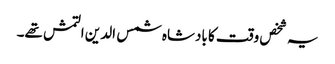
یہ شخص وقت کا بادشاہ شمس الدین التمش تھے۔